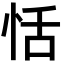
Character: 恬